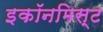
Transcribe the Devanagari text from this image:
इकॉनमिस्ट